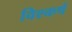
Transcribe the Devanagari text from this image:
विश्कर्ष